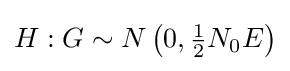
H:G\sim N\left(0,{\tfrac {1}{2}}N_{0}E\right)